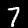
Label: 7